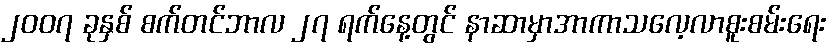
၂၀၀၇ ခုနှစ် စက်တင်ဘာလ ၂၇ ရက်နေ့တွင် နာဆာမှာအာကာသလေ့လာစူးစမ်းရေး